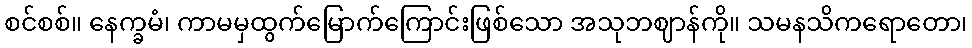
စင်စစ်။ နေက္ခမံ၊ ကာမမှထွက်မြောက်ကြောင်းဖြစ်သော အသုဘဈာန်ကို။ သမနသိကရောတော၊